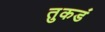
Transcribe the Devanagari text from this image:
तुकडं